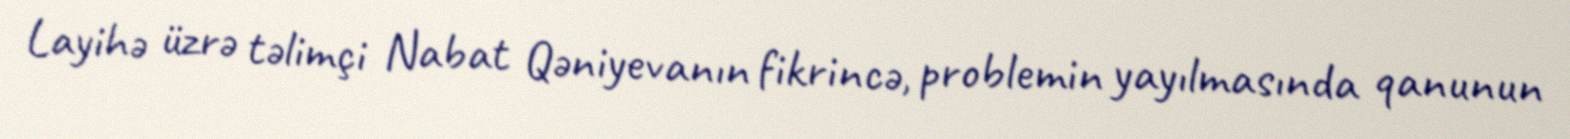
Layihə üzrə təlimçi Nabat Qəniyevanın fikrincə, problemin yayılmasında qanunun